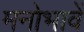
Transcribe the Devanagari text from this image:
मनोभावें